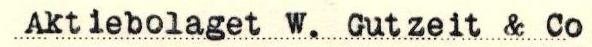
Aktiebolaget W. Gutzeit & Co